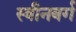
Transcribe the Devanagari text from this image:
स्वीनबर्ग